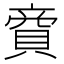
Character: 𧶜